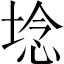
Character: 埝